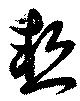
慙